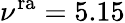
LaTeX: \nu^{\mathrm{ra}}=5.15